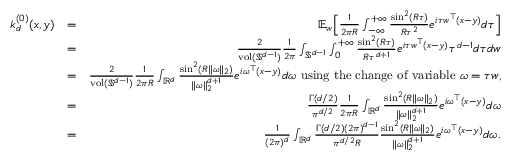
\begin{array} { r l r } { k _ { d } ^ { ( 0 ) } ( x , y ) } & { = } & { { \mathbb E } _ { w } \Big [ \frac { 1 } { 2 \pi R } \int _ { - \infty } ^ { + \infty } \frac { \sin ^ { 2 } ( R \tau ) } { R \tau ^ { 2 } } e ^ { i \tau w ^ { \top } ( x - y ) } d \tau \Big ] } \\ & { = } & { \frac { 2 } { \mathrm { v o l } ( { \mathbb { S } } ^ { d - 1 } ) } \frac { 1 } { 2 \pi } \int _ { { \mathbb { S } } ^ { d - 1 } } \int _ { 0 } ^ { + \infty } \frac { \sin ^ { 2 } ( R \tau ) } { R \tau ^ { d + 1 } } e ^ { i \tau w ^ { \top } ( x - y ) } \tau ^ { d - 1 } d \tau d w } \\ & { = } & { \frac { 2 } { \mathrm { v o l } ( { \mathbb { S } } ^ { d - 1 } ) } \frac { 1 } { 2 \pi R } \int _ { \mathbb { { R } } ^ { d } } \frac { \sin ^ { 2 } ( R \| \omega \| _ { 2 } ) } { \| \omega \| _ { 2 } ^ { d + 1 } } e ^ { i \omega ^ { \top } ( x - y ) } d \omega \mathrm { ~ u s i n g ~ t h e ~ c h a n g e ~ o f ~ v a r i a b l e ~ } \omega = \tau w , } \\ & { = } & { \frac { \Gamma ( d / 2 ) } { \pi ^ { d / 2 } } \frac { 1 } { 2 \pi R } \int _ { \mathbb { { R } } ^ { d } } \frac { \sin ^ { 2 } ( R \| \omega \| _ { 2 } ) } { \| \omega \| _ { 2 } ^ { d + 1 } } e ^ { i \omega ^ { \top } ( x - y ) } d \omega } \\ & { = } & { \frac { 1 } { ( 2 \pi ) ^ { d } } \int _ { \mathbb { { R } } ^ { d } } \frac { \Gamma ( d / 2 ) ( 2 \pi ) ^ { d - 1 } } { \pi ^ { d / 2 } R } \frac { \sin ^ { 2 } ( R \| \omega \| _ { 2 } ) } { \| \omega \| _ { 2 } ^ { d + 1 } } e ^ { i \omega ^ { \top } ( x - y ) } d \omega . } \end{array}